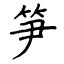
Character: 笋